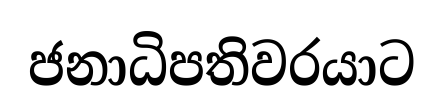
ජනාධිපතිවරයාට